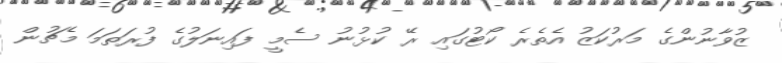
ޒުވާނުންގެ މަރުކަޒު އެތެރެ ކޯޓުގައި ރޭ ކުޅުނު ސެމީ ފައިނަލުގެ ފުރަތަމަ މެޗުން